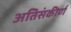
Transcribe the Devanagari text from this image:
अतिसंकीर्ण